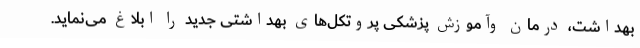
بهداشت، درمان وآموزش پزشکی پروتکل‌های بهداشتی جدید را ابلاغ می‌نماید.